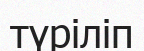
түріліп